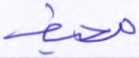
محيط